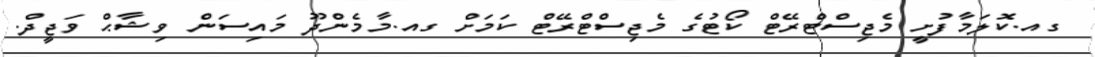
ގއ.ކޮލަމާފުށީ މެޖިސްޓްރޭޓް ކޯޓުގެ މެޖިސްޓްރޭޓް ކަމަށް ގއ.މާމެންދޫ މައިސަން ވިޝާޙް ވަޖީދް.